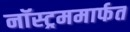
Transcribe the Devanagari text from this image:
नॉस्ट्रममार्फत